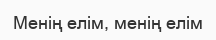
Менің елім, менің елім